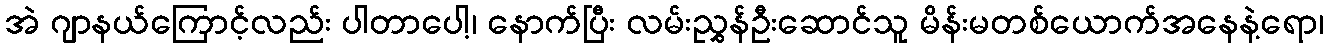
အဲ ဂျာနယ်ကြောင့်လည်း ပါတာပေါ့၊ နောက်ပြီး လမ်းညွှန်ဦးဆောင်သူ မိန်းမတစ်ယောက်အနေနဲ့ရော၊